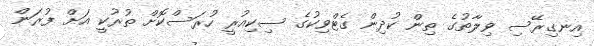
އިނގިރޭސި ވިލާތުގެ ތިން ކުދިން ގެޓްވިކުގެ ސިކިއުރީ ހުރަސްކޮށް ތުރުކީ އަށް ފުރަން